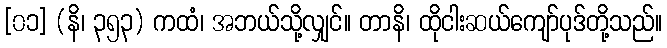
[၀၁] (နိ၊ ၃၅၃) ကထံ၊ အဘယ်သို့လျှင်။ တာနိ၊ ထိုငါးဆယ်ကျော်ပုဒ်တို့သည်။